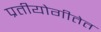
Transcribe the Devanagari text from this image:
प्रतीयोगीतेत